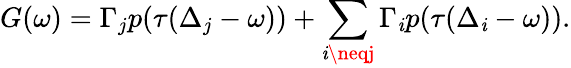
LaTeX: G(\omega)=\Gamma_{j}p(\tau(\Delta_{j}-\omega))+\sum_{\mathit{i}\neqj}\Gamma_{\mathit{i}}p(\tau(\Delta_{\mathit{i}}-\omega)).